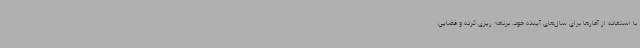
با استفاده از آمارها برای سال‌های آینده خود، برنامه ریزی کرده و فضایی